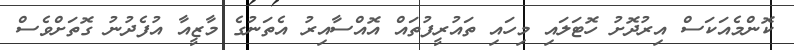
ކޮންމެއަކަސް އިރުދޮށު ހޮޓަލައި މިހައި ތައުރީފުތައް އޮއްސާއިރު އެތަނުގެ މާޒީއާ އުފެދުނު ގޮތަށްވެސް